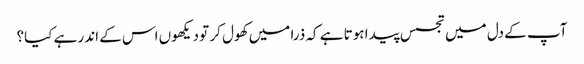
آپ کے دل میں تجسس پیدا ہوتا ہے کہ ذرا میں کھول کر تو دیکھوں اس کے اندر ہے کیا؟